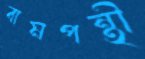
বামপন্থী